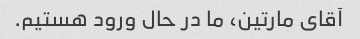
آقای مارتین، ما در حال ورود هستیم.